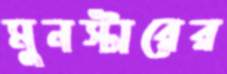
মুনস্টারের